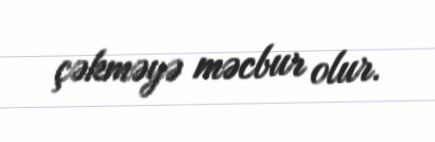
çəkməyə məcbur olur.